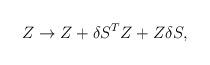
LaTeX: \begin{align*}Z \rightarrow Z+{\delta S}^T Z +Z\delta S,\end{align*}